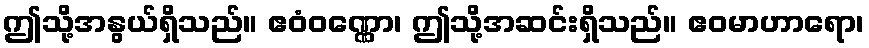
ဤသို့အနွယ်ရှိသည်။ ဧဝံဝဏ္ဏော၊ ဤသို့အဆင်းရှိသည်။ ဧဝမာဟာရော၊